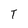
Character: T